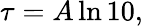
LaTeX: \tau=A\ln 10,